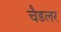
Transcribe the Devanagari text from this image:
चैडलर